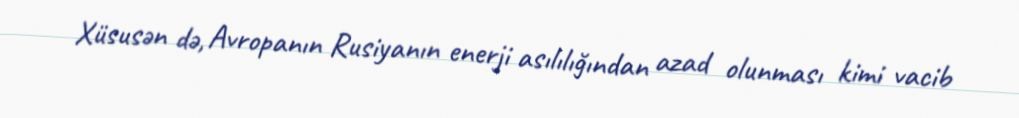
Xüsusən də, Avropanın Rusiyanın enerji asılılığından azad olunması kimi vacib